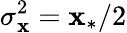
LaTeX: \sigma_{\mathbf{x}}^{2}=\mathbf{x}_{*}/2